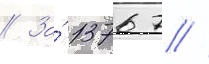
// За́ 13767 //